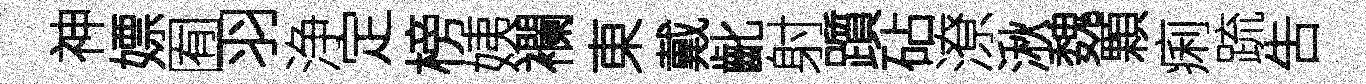
神嫖囿羽浄定榜姨襴東戴齔射躓砧潦湫魏顆痢䟽吿